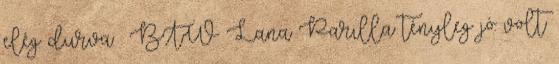
elég durva : BTW Lana Parilla tényleg jó volt